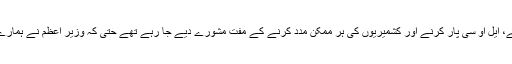
بحث و مباحثے جاری ہیں جن میں شدت پسندی شروع کرنے، ایل او سی پار کرنے اور کشمیریوں کی ہر ممکن مدد کرنے کے مفت مشورے دیے جا رہے تھے حتی کہ وزیر اعظم نے ہمارے گیلانی کی طرح احتجاجی پروگرام کی تشہیر بھی کر دی۔